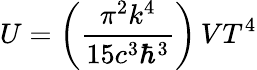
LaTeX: U=\left({\frac{\pi^{2}k^{4}}{15c^{3}\hbar^{3}}}\right)\, VT^{4}